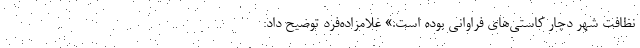
نظافت شهر دچار کاستی‌های فراوانی بوده است.» غلامزاده‌فرد توضیح داد: